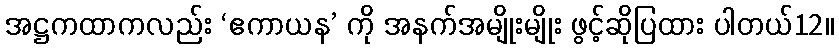
အဋ္ဌကထာကလည်း ‘ဧကာယန’ ကို အနက်အမျိုးမျိုး ဖွင့်ဆိုပြထား ပါတယ်12။